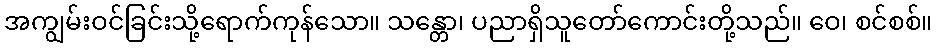
အကျွမ်းဝင်ခြင်းသို့ရောက်ကုန်သော။ သန္တော၊ ပညာရှိသူတော်ကောင်းတို့သည်။ ဝေ၊ စင်စစ်။